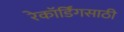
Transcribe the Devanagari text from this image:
रेकॉर्डिंगसाठी